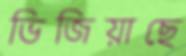
ভিজিয়াছে